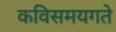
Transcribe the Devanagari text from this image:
कविसमयगते